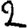
Digit: 2